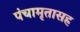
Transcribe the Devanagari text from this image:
पंचामृतासह